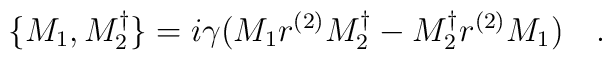
\, \{ M_1,M_2^{\dagger} \} = i \gamma ( M_1r^{(2)}M_2^{\dagger}-M_2^{\dagger}r^{(2)}M_1) \quad.